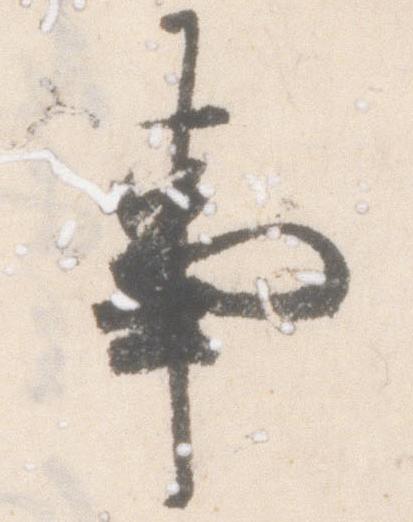
事